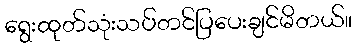
ရွေးထုတ်သုံးသပ်တင်ပြပေးချင်မိတယ်။